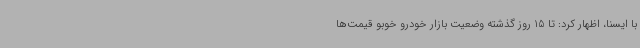
با ایسنا، اظهار کرد: تا 15 روز گذشته وضعیت بازار خودرو خوبو قیمت‌ها